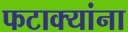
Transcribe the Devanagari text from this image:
फटाक्यांना